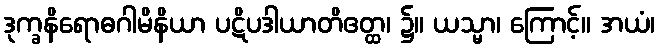
ဒုက္ခနိရောဓဂါမိနိယာ ပဋိပဒါယာတိဧတ္ထ၊ ၌။ ယသ္မာ၊ ကြောင့်။ အယံ၊